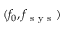
( f _ { 0 } , f _ { \mathrm { ~ s ~ y ~ s ~ } } )